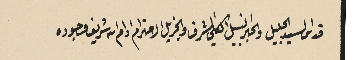
قدس السيد الجليل والحبر النبيل الكلي الشرف والجزيل الاحترام ادام الله شريف وجوده